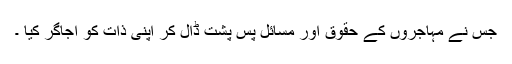
جس نے مہاجروں کے حقوق اور مسائل پس پشت ڈال کر اپنی ذات کو اُجاگر کیا ۔